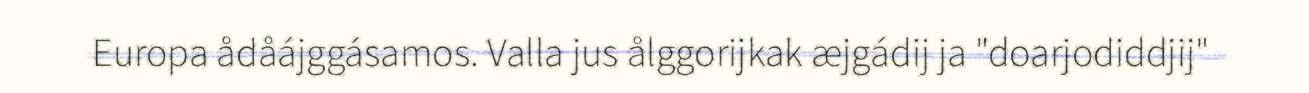
Europa ådåájggásamos. Valla jus ålggorijkak æjgádij ja "doarjodiddjij"